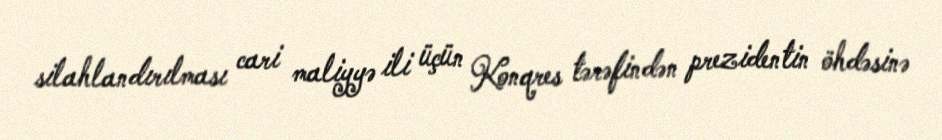
silahlandırılması cari maliyyə ili üçün Konqres tərəfindən prezidentin öhdəsinə